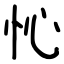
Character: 㤈